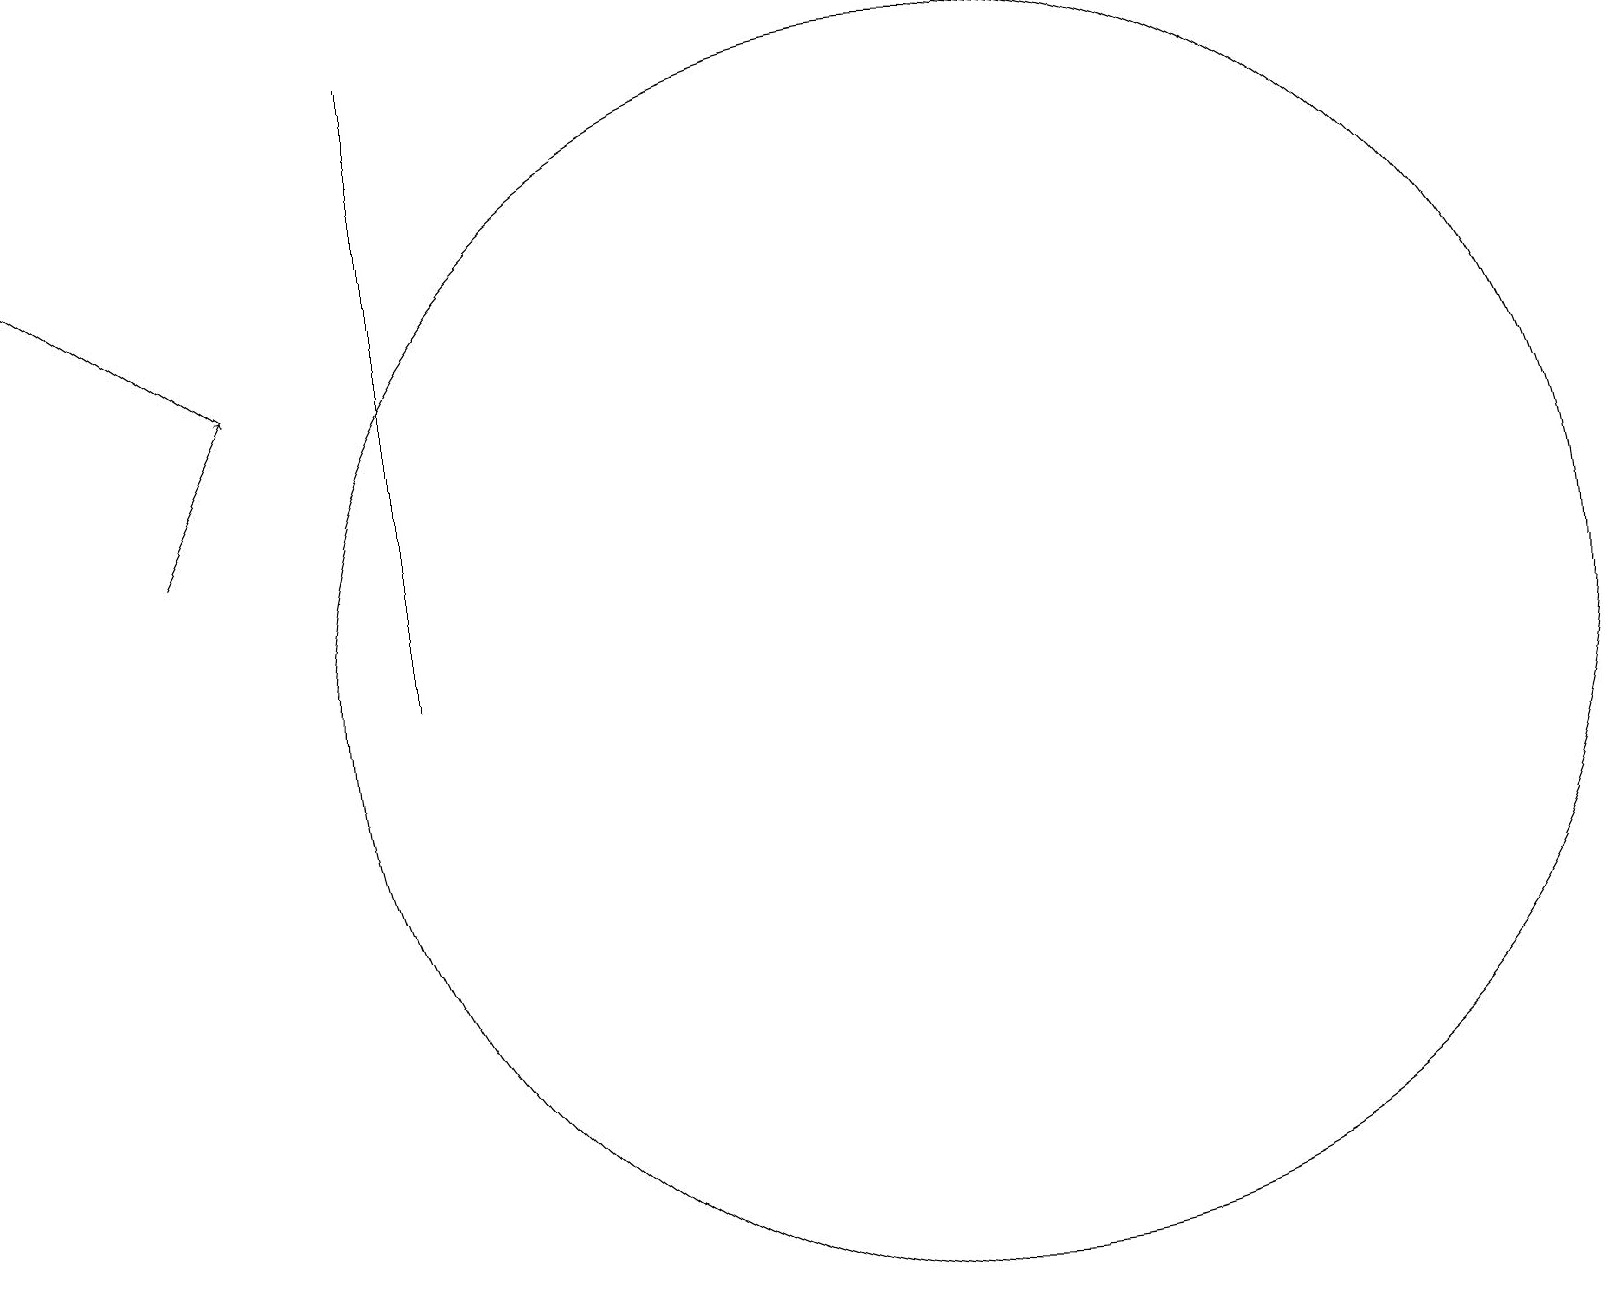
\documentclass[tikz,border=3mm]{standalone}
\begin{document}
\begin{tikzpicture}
\draw (12,10) circle (8);
\draw (5,10) rectangle (5,18);
\draw[->] (3,14) -- (0,16);
\draw[->] (2,12) -- (3,14);
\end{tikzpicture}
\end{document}